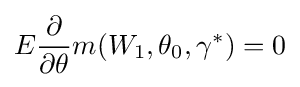
E{\frac {\partial }{\partial \theta }}m(W_{1},\theta _{0},\gamma ^{*})=0